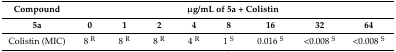
<table><thead><tr><td><b>Compound</b></td><td colspan="8"><b>μg/mL of 5a + Colistin</b></td></tr></thead><tbody><tr><td><b>5a</b></td><td><b>0</b></td><td><b>1</b></td><td><b>2</b></td><td><b>4</b></td><td><b>8</b></td><td><b>16</b></td><td><b>32</b></td><td><b>64</b></td></tr><tr><td>Colistin (MIC)</td><td>8 <sup>R</sup></td><td>8 <sup>R</sup></td><td>8 <sup>R</sup></td><td>4 <sup>R</sup></td><td>1 <sup>S</sup></td><td>0.016 <sup>S</sup></td><td>&lt;0.008 <sup>S</sup></td><td>&lt;0.008 <sup>S</sup></td></tr></tbody></table>